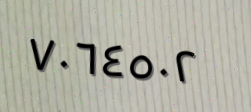
٧٠٦٤٥٠٢